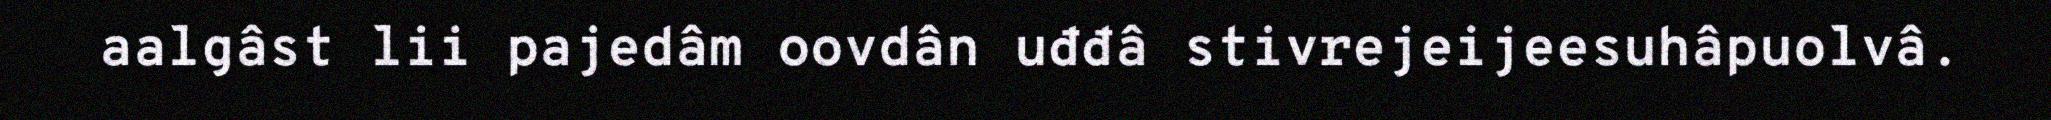
aalgâst lii pajedâm oovdân uđđâ stivrejeijeesuhâpuolvâ.